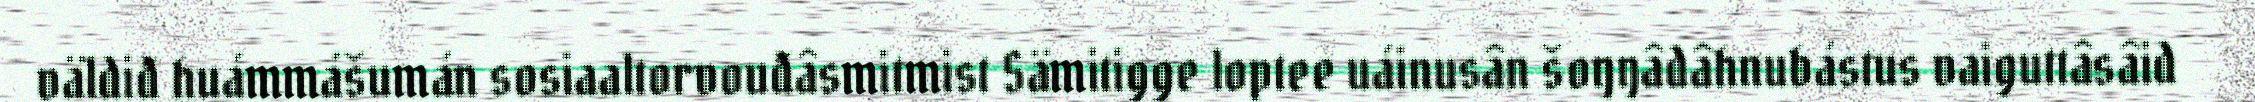
väldiđ huámmášumán sosiaaltorvouđâsmitmist Sämitigge loptee uáinusân šoŋŋâdâhnubástus vaiguttâsâid